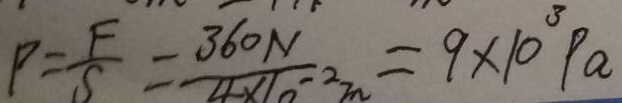
P = \frac { F } { S } = \frac { 3 6 0 N } { 4 \times 1 0 ^ { - 2 } m } = 9 \times 1 0 ^ { 3 } P a